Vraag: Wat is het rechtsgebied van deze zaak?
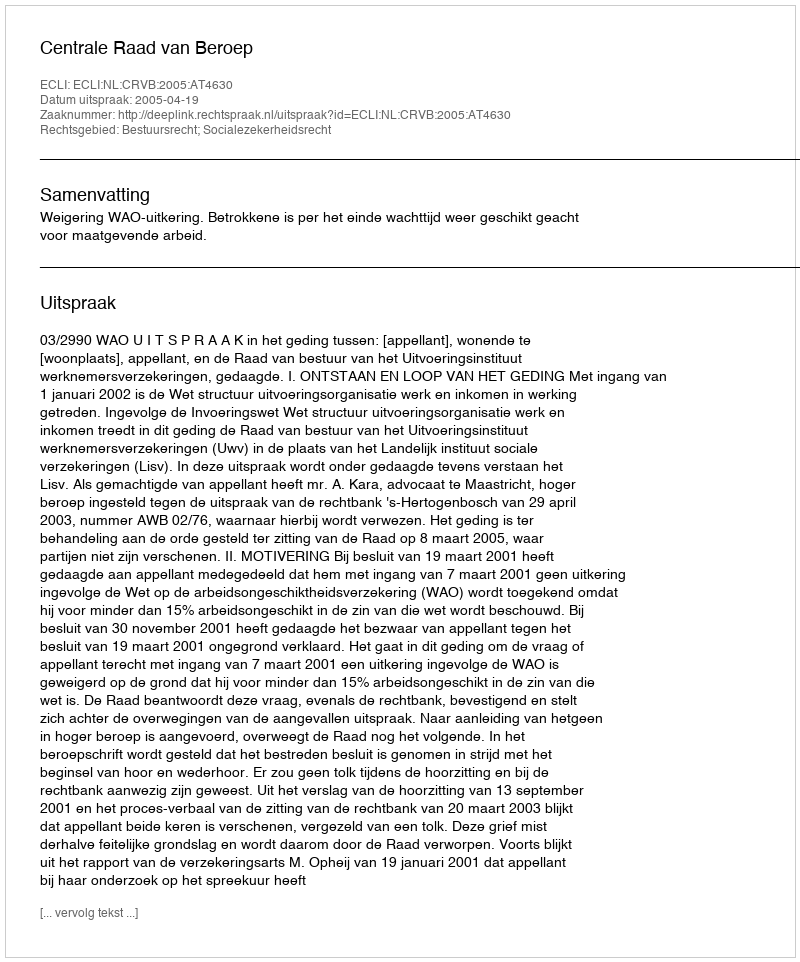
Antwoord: Bestuursrecht; Socialezekerheidsrecht